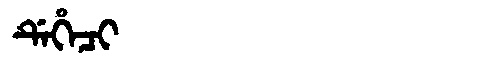
Manchu: ᡩᡝᡥᡝᠴᡳ
Romanization: DEHECI